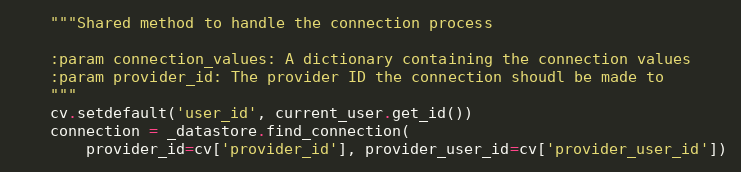
Language: Python
    """Shared method to handle the connection process

    :param connection_values: A dictionary containing the connection values
    :param provider_id: The provider ID the connection shoudl be made to
    """
    cv.setdefault('user_id', current_user.get_id())
    connection = _datastore.find_connection(
        provider_id=cv['provider_id'], provider_user_id=cv['provider_user_id'])